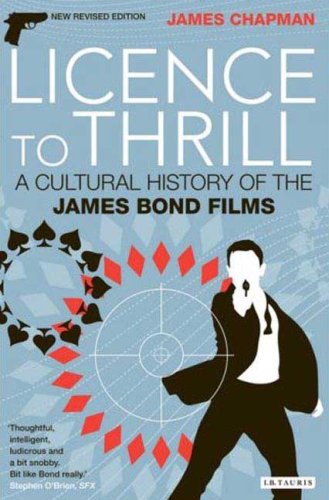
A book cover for Licence to Thrill: A Cultural History of the James Bond Films (Cinema and Society); James Chapman; Humor & Entertainment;